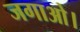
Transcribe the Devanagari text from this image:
जगाओ।